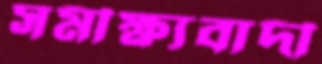
সমীক্ষ্যবাদী